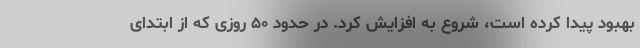
بهبود پیدا کرده است، شروع به افزایش کرد. در حدود ۵۰ روزی که از ابتدای